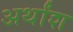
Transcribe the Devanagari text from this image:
अर्थांश